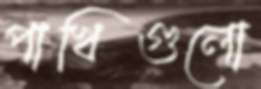
পাখিগুলো